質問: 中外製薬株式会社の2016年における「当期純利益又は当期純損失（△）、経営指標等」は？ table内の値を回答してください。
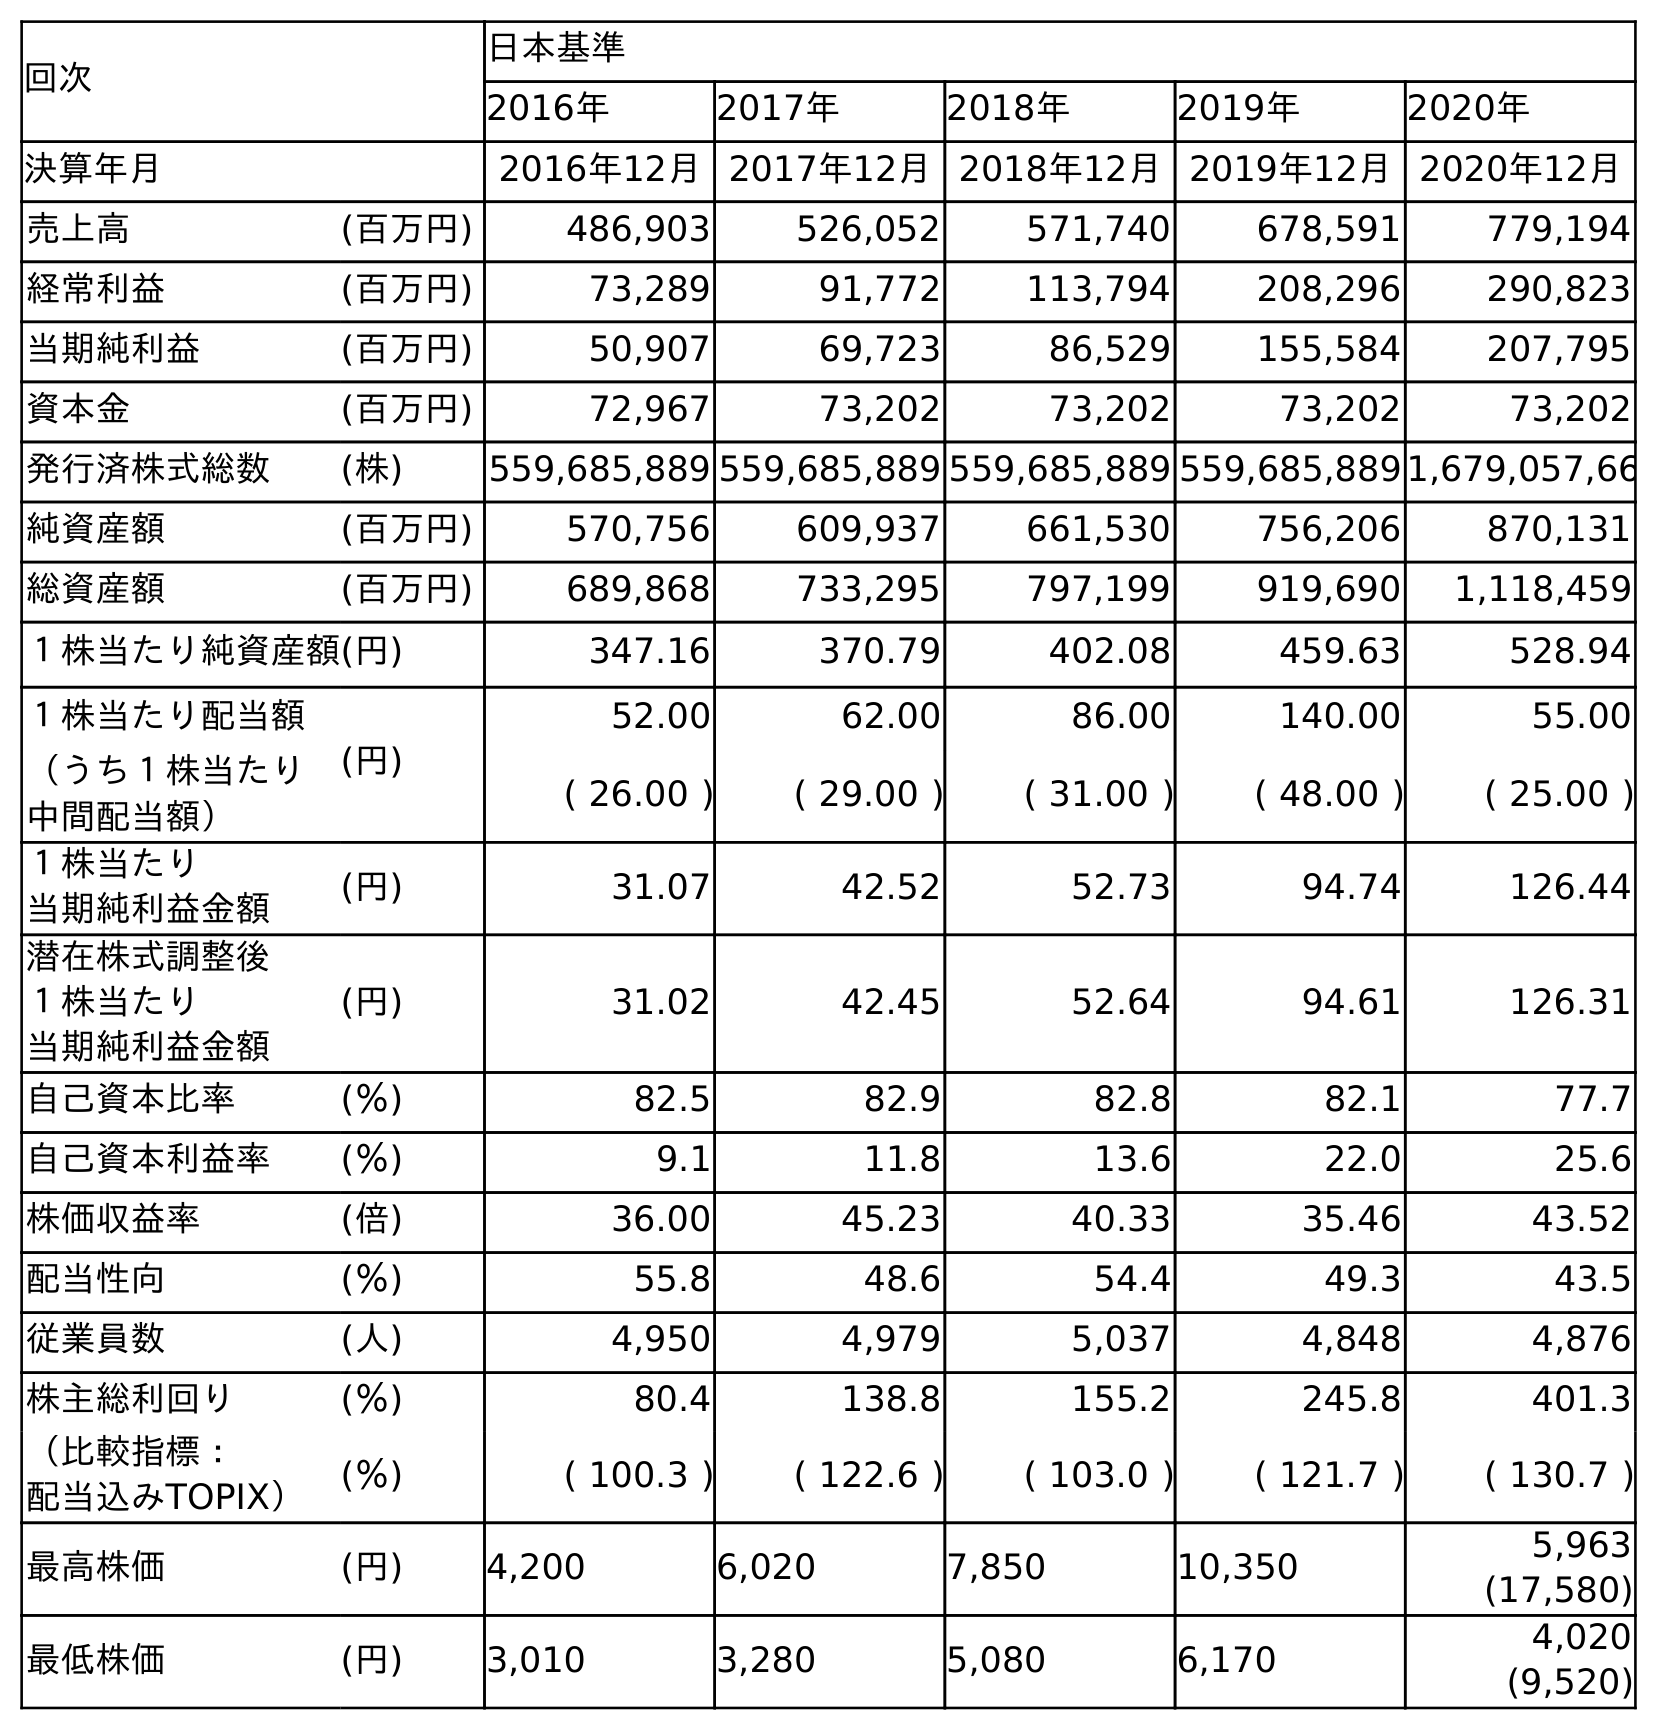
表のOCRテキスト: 回次 日本基準 2016年 2017年 2018年 2019年 2020年 決算年月 2016年12月2017年12月2018年12月2019年12月2020年12月 売上高 (百万円) 486,903 526,052 571,740 678,591 779,194 経常利益 (百万円) 73,289 91,772 113,794 208,296 290,823 当期純利益 (百万円) 50,907 69,723 86,529 155,584 207,795 資本金 (百万円) 72,967 73,202 73,202 73,202 73,202 発行済株式総数 (株) 559,685,889 559,685,889 559,685,889 559,685,8891,679,057,66 純資産額 (百万円) 570,756 609,937 661,530 756,206 870,131 総資産額 (百万円) 689,868 733,295 797,199 919,690 1,118,459 １株当たり純資産額(円) 347.16 370.79 402.08 459.63 528.94 １株当たり配当額 (円) 52.00 62.00 86.00 140.00 55.00 （うち１株当たり 中間配当額） ( 26.00 ) ( 29.00 ) ( 31.00 ) ( 48.00 ) ( 25.00 ) １株当たり 当期純利益金額 (円) 31.07 42.52 52.73 94.74 126.44 潜在株式調整後 １株当たり 当期純利益金額 (円) 31.02 42.45 52.64 94.61 126.31 自己資本比率 (％) 82.5 82.9 82.8 82.1 77.7 自己資本利益率 (％) 9.1 11.8 13.6 22.0 25.6 株価収益率 (倍) 36.00 45.23 40.33 35.46 43.52 配当性向 (％) 55.8 48.6 54.4 49.3 43.5 従業員数 (人) 4,950 4,979 5,037 4,848 4,876 株主総利回り (％) 80.4 138.8 155.2 245.8 401.3 （比較指標： 配当込みTOPIX） (％) ( 100.3 ) ( 122.6 ) ( 103.0 ) ( 121.7 ) ( 130.7 ) 最高株価 (円) 4,200 6,020 7,850 10,350 5,963 (17,580) 最低株価 (円) 3,010 3,280 5,080 6,170 4,020 (9,520)
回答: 50,907